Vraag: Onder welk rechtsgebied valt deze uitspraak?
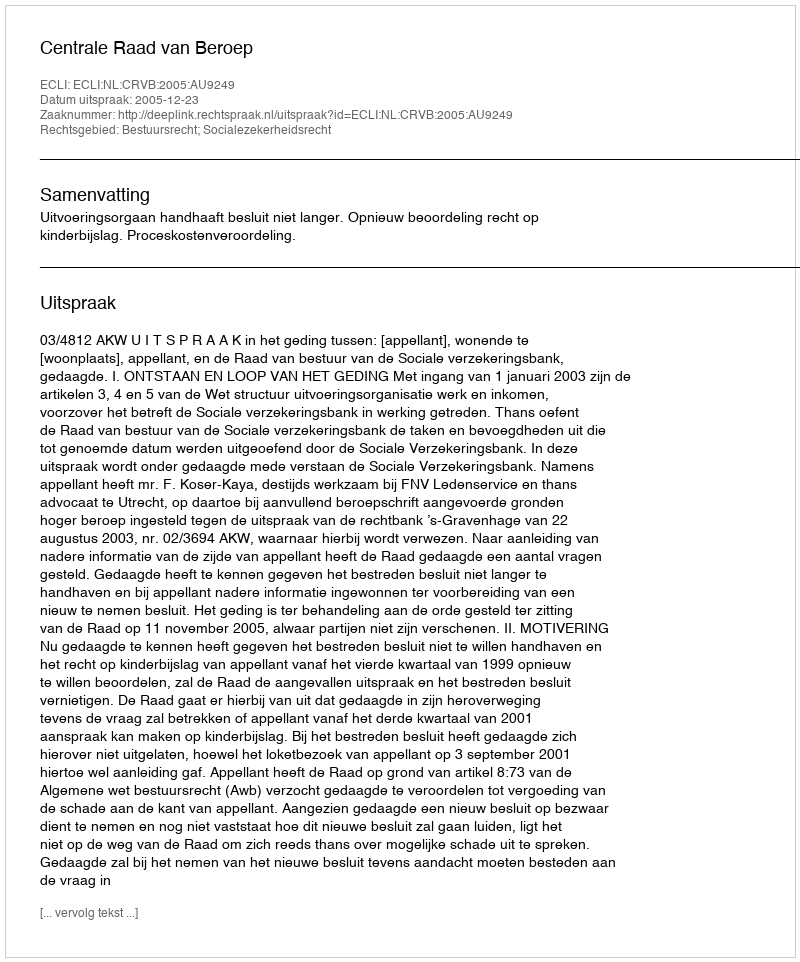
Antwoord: Bestuursrecht; Socialezekerheidsrecht